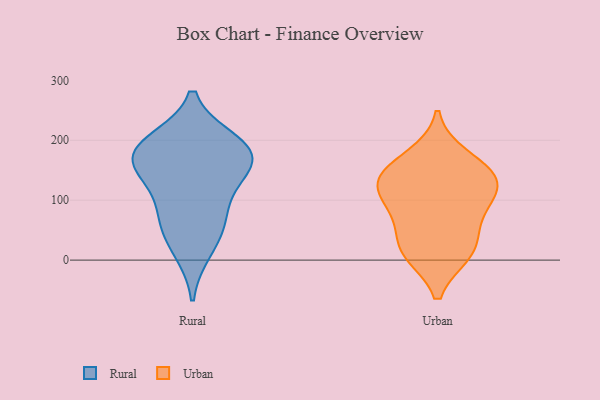
{"axis": {"x": "Shipments", "y": "Value"}, "legend": ["Rural", "Urban"], "data": [{"x": "", "y": 69, "type": "Rural"}, {"x": "", "y": 112, "type": "Rural"}, {"x": "", "y": 187, "type": "Rural"}, {"x": "", "y": 153, "type": "Rural"}, {"x": "", "y": 17, "type": "Rural"}, {"x": "", "y": 59, "type": "Rural"}, {"x": "", "y": 167, "type": "Rural"}, {"x": "", "y": 160, "type": "Rural"}, {"x": "", "y": 197, "type": "Rural"}, {"x": "", "y": 188, "type": "Rural"}, {"x": "", "y": 137, "type": "Urban"}, {"x": "", "y": 24, "type": "Urban"}, {"x": "", "y": 12, "type": "Urban"}, {"x": "", "y": 11, "type": "Urban"}, {"x": "", "y": 125, "type": "Urban"}, {"x": "", "y": 69, "type": "Urban"}, {"x": "", "y": 126, "type": "Urban"}, {"x": "", "y": 153, "type": "Urban"}, {"x": "", "y": 173, "type": "Urban"}, {"x": "", "y": 114, "type": "Urban"}, {"x": "", "y": 80, "type": "Urban"}]}